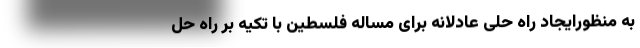
به منظورایجاد راه حلی عادلانه برای مسأله فلسطین با تکیه بر راه حل